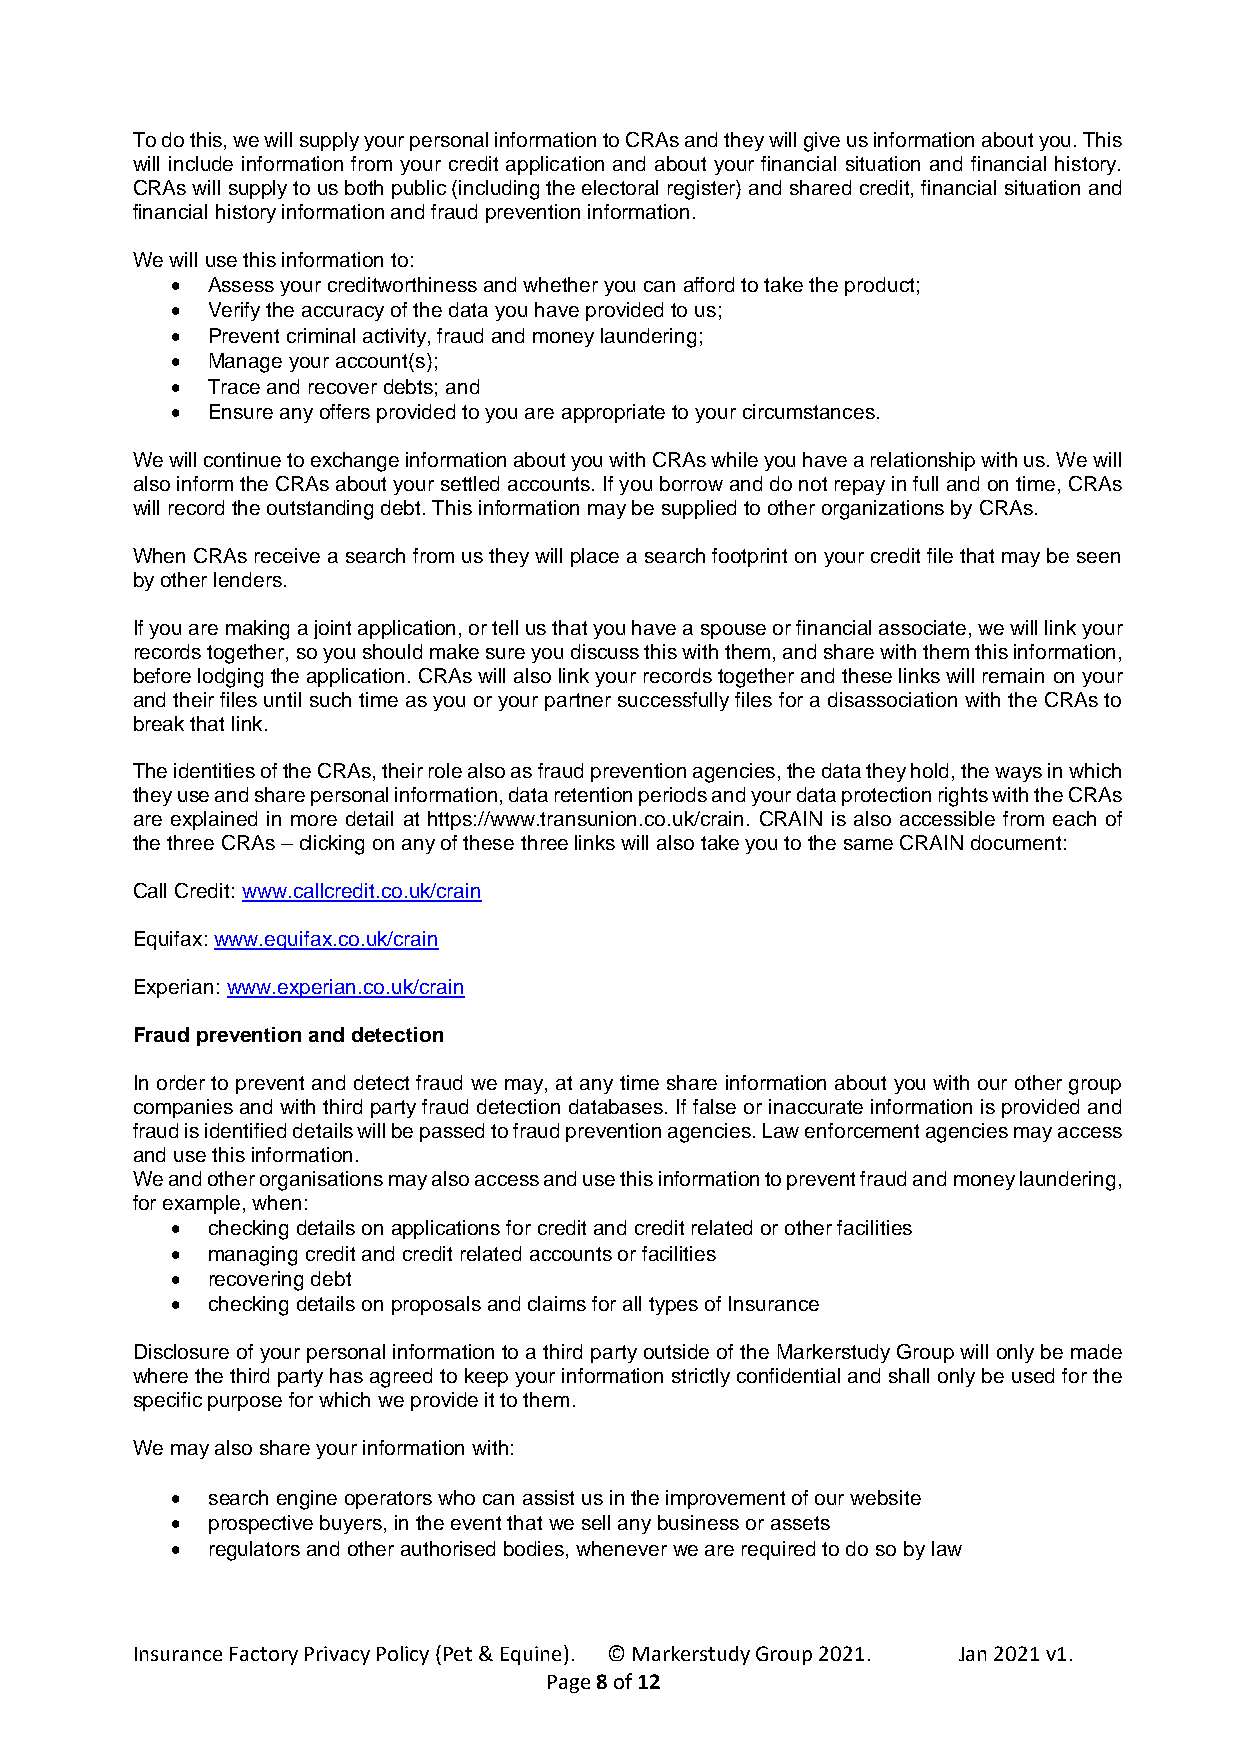
To do this, we will supply your personal information to CRAs and they will give us information about you. This
 will include information from your credit application and about your financial situation and financial history.
 CRAs will supply to us both public (including the electoral register) and shared credit, financial situation and
 financial history information and fraud prevention information.
 We will use this information to:
   Assess your creditworthiness and whether you can afford to take the product;
   Verify the accuracy of the data you have provided to us;
   Prevent criminal activity, fraud and money laundering;
   Manage your account(s);
   Trace and recover debts; and
   Ensure any offers provided to you are appropriate to your circumstances.
 We will continue to exchange information about you with CRAs while you have a relationship with us. We will
 also inform the CRAs about your settled accounts. If you borrow and do not repay in full and on time, CRAs
 will record the outstanding debt. This information may be supplied to other organizations by CRAs.
 When CRAs receive a search from us they will place a search footprint on your credit file that may be seen
 by other lenders.
 If you are making a joint application, or tell us that you have a spouse or financial associate, we will link your
 records together, so you should make sure you discuss this with them, and share with them this information,
 before lodging the application. CRAs will also link your records together and these links will remain on your
 and their files until such time as you or your partner successfully files for a disassociation with the CRAs to
 break that link.
 The identities of the CRAs, their role also as fraud prevention agencies, the data they hold, the ways in which
 they use and share personal information, data retention periods and your data protection rights with the CRAs
 are explained in more detail at https://www.transunion.co.uk/crain. CRAIN is also accessible from each of
 the three CRAs – clicking on any of these three links will also take you to the same CRAIN document:
 Call Credit: www.callcredit.co.uk/crain
 Equifax: www.equifax.co.uk/crain
 Experian: www.experian.co.uk/crain
 Fraud prevention and detection
 In order to prevent and detect fraud we may, at any time share information about you with our other group
 companies and with third party fraud detection databases. If false or inaccurate information is provided and
 fraud is identified details will be passed to fraud prevention agencies. Law enforcement agencies may access
 and use this information.
 We and other organisations may also access and use this information to prevent fraud and money laundering,
 for example, when:
   checking details on applications for credit and credit related or other facilities
   managing credit and credit related accounts or facilities
   recovering debt
   checking details on proposals and claims for all types of Insurance
 Disclosure of your personal information to a third party outside of the Markerstudy Group will only be made
 where the third party has agreed to keep your information strictly confidential and shall only be used for the
 specific purpose for which we provide it to them.
 We may also share your information with:
   search engine operators who can assist us in the improvement of our website
   prospective buyers, in the event that we sell any business or assets
   regulators and other authorised bodies, whenever we are required to do so by law
 Insurance Factory Privacy Policy (Pet & Equine). © Markerstudy Group 2021. Jan 2021 v1.
 Page 8 of 12